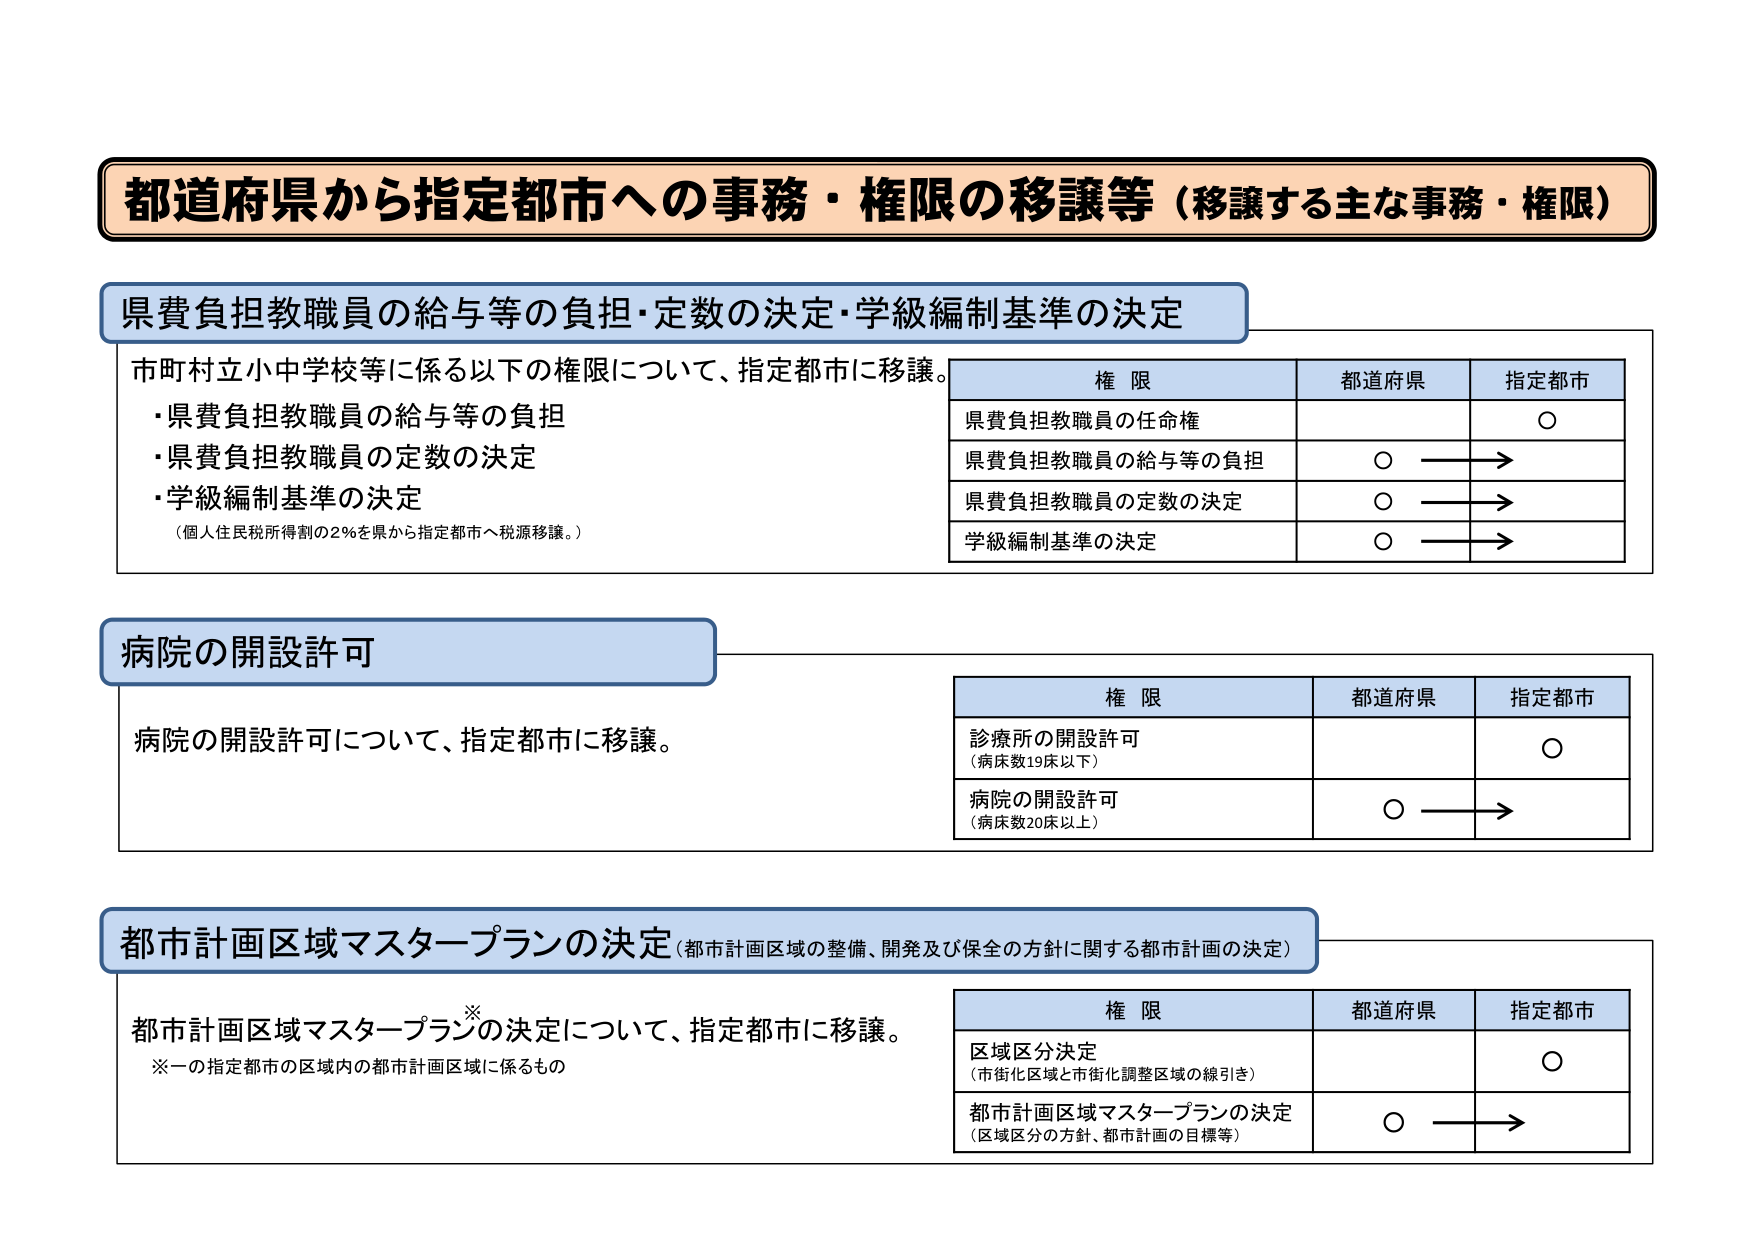
都道府県から指定都市への事務・権限の移譲等（移譲する主な事務・権限）

県費負担教職員の給与等の負担・定数の決定・学級編制基準の決定

市町村立小中学校等に係る以下の権限について、指定都市に移譲。
・県費負担教職員の給与等の負担
・県費負担教職員の定数の決定
・学級編制基準の決定
（個人住民税所得割の2％を県から指定都市へ税源移譲。）

権限　都道府県　指定都市
県費負担教職員の任命権　　　　　　　　　　　　　　　　　　　○
県費負担教職員の給与等の負担　　　　　　　○　→
県費負担教職員の定数の決定　　　　　　　　○　→
学級編制基準の決定　　　　　　　　　　　　　○　→

病院の開設許可

病院の開設許可について、指定都市に移譲。

権限　都道府県　指定都市
診療所の開設許可
（病床数19床以下）　　　　　　　　　　　　　　　　　　　　　○
病院の開設許可
（病床数20床以上）　　　　　　　　　　　　　　　　　○　→

都市計画区域マスタープランの決定（都市計画区域の整備、開発及び保全の方針に関する都市計画の決定）

都市計画区域マスタープランの決定について、指定都市に移譲。
※一の指定都市の区域内の都市計画区域に係るもの

権限　都道府県　指定都市
区域区分決定
（市街化区域と市街化調整区域の線引き）　　　　　　　　　○
都市計画区域マスタープランの決定
（区域区分の方針、都市計画の目標等）　　　　　　　○　→